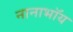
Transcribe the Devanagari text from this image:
नानाभॉय